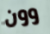
وون